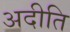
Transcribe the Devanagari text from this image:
अदीति